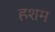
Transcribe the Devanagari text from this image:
हशम